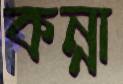
কন্না